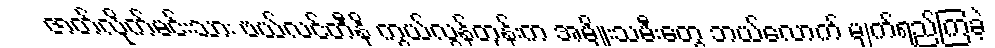
ဇာတ်လိုက်မင်းသား ဗယ်လင်တီနို ကွယ်လွန်တုန်းက အမျိုးသမီးတွေ ဘယ်လောက် မျက်ရည်ကြခဲ့